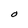
Character: O